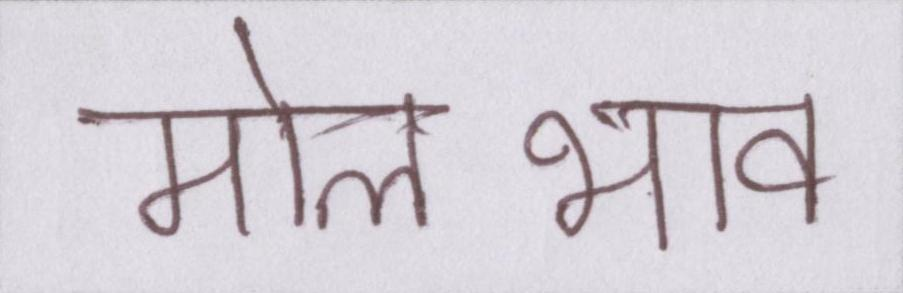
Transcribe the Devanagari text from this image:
मोलभाव